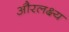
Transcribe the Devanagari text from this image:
औरलक्ष्य